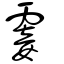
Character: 霎